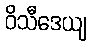
ဝိသီဒေယျ